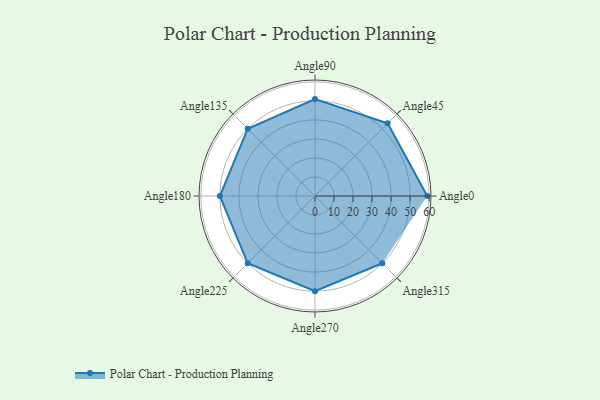
{"axis": {"x": "Angle", "y": "Radius"}, "legend": [""], "data": [{"x": "Angle0", "y": 59.0, "type": ""}, {"x": "Angle45", "y": 54.0, "type": ""}, {"x": "Angle90", "y": 51.0, "type": ""}, {"x": "Angle135", "y": 50, "type": ""}, {"x": "Angle180", "y": 50.0, "type": ""}, {"x": "Angle225", "y": 50, "type": ""}, {"x": "Angle270", "y": 50, "type": ""}, {"x": "Angle315", "y": 50, "type": ""}]}